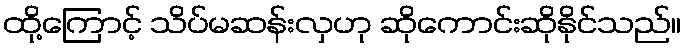
ထို့ကြောင့် သိပ်မဆန်းလှဟု ဆိုကောင်းဆိုနိုင်သည်။